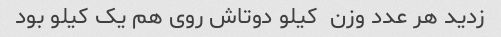
زدید هر عدد وزن  کیلو دوتاش روی هم یک کیلو بود